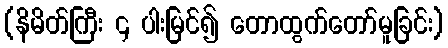
(နိမိတ်ကြီး ၄ ပါးမြင်၍ တောထွက်တော်မူခြင်း)